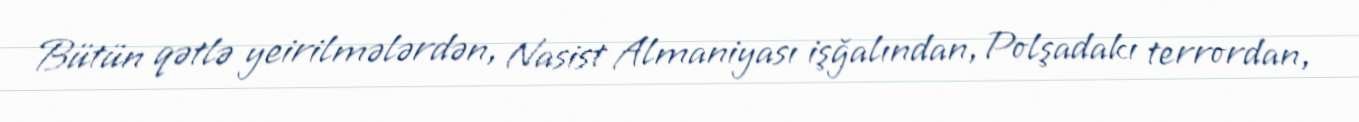
Bütün qətlə yeirilmələrdən, Nasist Almaniyası işğalından, Polşadakı terrordan,